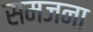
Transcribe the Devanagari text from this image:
समजना